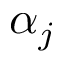
\alpha _ { j }